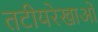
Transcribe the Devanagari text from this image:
तटीयरेखाओं